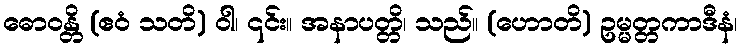
ဓောဝန္တိ (ဧဝံ သတိ) ဝါ၊ ၎င်း။ အနာပတ္တိ၊ သည်။ (ဟောတိ) ဥမ္မတ္တကာဒီနံ၊